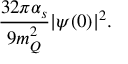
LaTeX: \frac { 3 2 \pi \alpha _ { s } } { 9 m _ { Q } ^ { 2 } } | \psi ( 0 ) | ^ { 2 } .